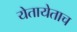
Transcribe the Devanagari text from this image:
येतायेताच